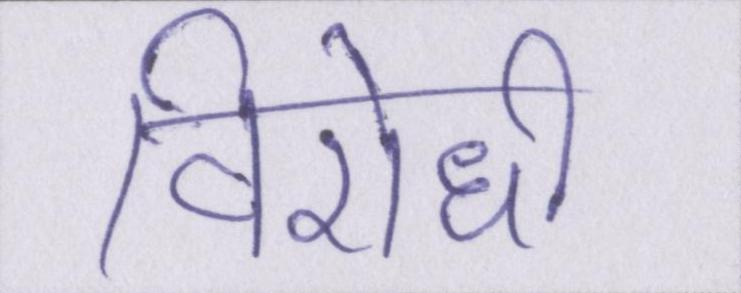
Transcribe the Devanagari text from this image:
विरोधी